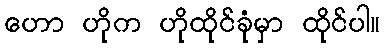
ဟော ဟိုက ဟိုထိုင်ခုံမှာ ထိုင်ပါ။